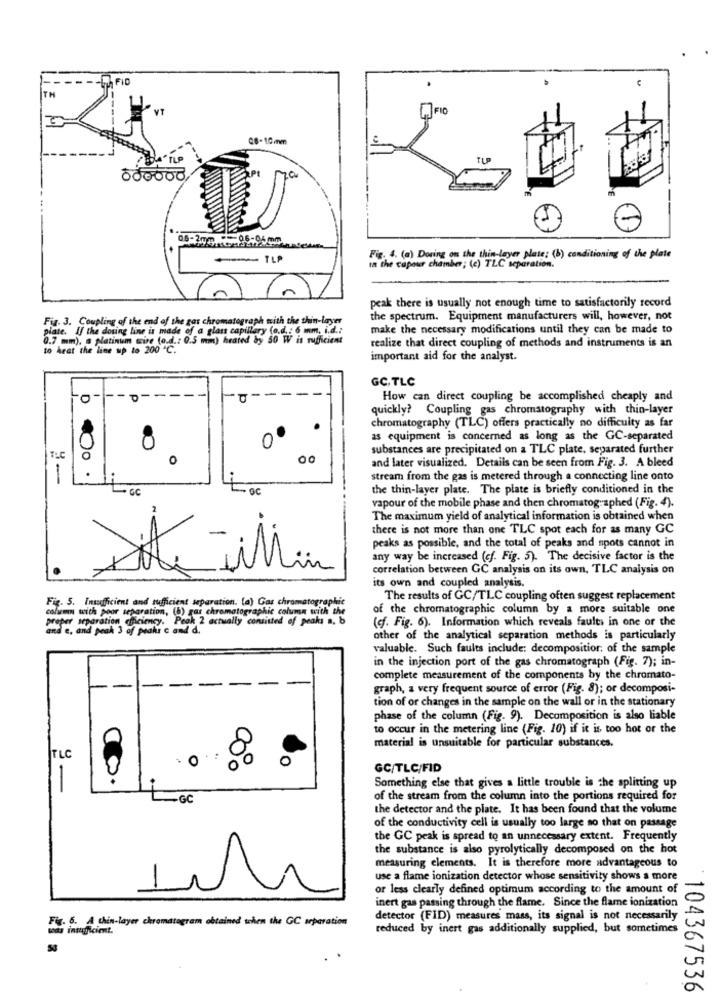
FID
YT
FIO
20.
000000
TLP
Fig. 4. (a) Doring on the thin layer plate; (b) conditioning of the plate
ta the capour chamber; (c) TLC separation.
peak there is usually not enough time to satisfactorily record
Fig. 3. Coupling of the end of the gas chromatograph with the thin-layer
the spectrum. Equipment manufacturers will, however, not
plate. If the dosing line is made of a glass capillary (o.d .: 6 mm, i.d .:
make the necessary modifications until they can be made to
0.7 mm), a platinum wire (o.d .: 0.5 mm) heated by 50 W is sufficient
realize that direct coupling of methods and instruments is an
to Arat the line up to 200 "℃.
important aid for the analyst.
GC,TLC
-
-
-
-
----
-
How can direct coupling be accomplished cheaply and
quickly? Coupling gas chromatography with thin-layer
chromatography (TLC) offers practically no difficulty as far
0º
as equipment is concerned as long as the GC-separated
0
substances are precipitated on a TLC plate, separated further
0
and later visualized. Details can be seen from Fig. 3. A bleed
stream from the gas is metered through a connecting line onto
GC
the thin-layer plate. The plate is briefly conditioned in the
vapour of the mobile phase and then chromatographed (Fig. 4).
The maximum yield of analytical information is obtained when
there is not more than one TLC spot each for as many GC
peaks as possible, and the total of peaks and spots cannot in
any way be increased (cf. Fig. 5). The decisive factor is the
7
correlation between GC analysis on its own, TLC analysis on
its own and coupled analysis.
Fig. 5. Insufficient and sufficient separation. (a) Gas chromatographic
The results of GC/TLC coupling often suggest replacement
column with poor separation, (b) gar chromatographie column with the
of the chromatographic column by a more suitable one
separation efficiency. Peak 2 actually consisted of peaks a. b
(cf. Fig. 6). Information which reveals faults in one or the
amster and peak 3 of peaks c and d.
other of the analytical separation methods is particularly
valuable. Such faults include: decomposition: of the sample
in the injection port of the gas chromatograph (Fig. 7); in-
complete measurement of the components by the chromato-
--
graph, a very frequent source of error (Fig. 8); or decomposi-
tion of or changes in the sample on the wall or in the stationary
phase of the column (Fig. 9). Decomposition is also liable
to occur in the metering line (Fig. 10) if it is too hot or the
material is unsuitable for particular substances.
TLC
O
GC/TLC/FID
Something else that gives a little trouble is the splitting up
-GC
of the stream from the column into the portions required for
the detector and the plate. It has been found that the volume
of the conductivity cell is usually too large so that on passage
the GC peak is spread to an unnecessary extent. Frequently
the substance is also pyrolytically decomposed on the hot
measuring elements. It is therefore more advantageous to
use a flame ionization detector whose sensitivity shows a more
or less clearly defined optimum according to the amount of
inert gas passing through the flame. Since the flame ionization
Fig. 6. A thin-layer chromatagram obtained when the GC separation
detector (FID) measures mass, its signal is not necessarily
was intefficient.
reduced by inert gas additionally supplied, but sometimes
104367536